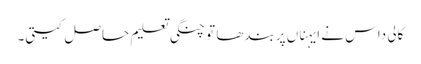
کالی داس نے ایہناں پربندھا تو چنگی تعلیم حاصل کیتی۔